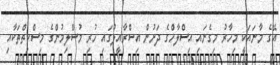
އޭގެ މާނައަކީ މިހާރު މިގެނައި އިސްލާހްގެ ދަށުން އިސްރާއީލުގައި ހުރި މުސްލިމުންގެ މިސްކިތްތަކާއި